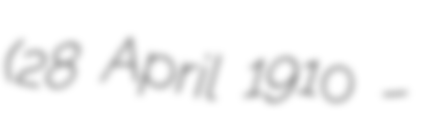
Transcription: (28 April 1910 –